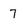
Character: 7